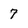
Character: 7